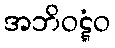
အဘိဝဋ္ဋံဝ